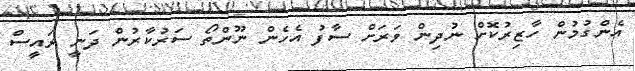
އެންގުމުން ހާޒިރުކޮށް ނުދިން ވަރަށް ސާފު އެހެން ނޫންތޯ ސަރުކާރުން ދަނީ ރައީސް